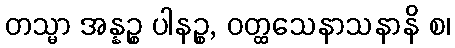
တသ္မာ အန္နဉ္စ ပါနဉ္စ, ဝတ္ထသေနာသနာနိ စ၊